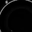
Digit: 8